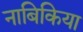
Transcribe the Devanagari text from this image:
नाबिकिया